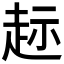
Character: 𫎲